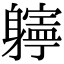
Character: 𨊎